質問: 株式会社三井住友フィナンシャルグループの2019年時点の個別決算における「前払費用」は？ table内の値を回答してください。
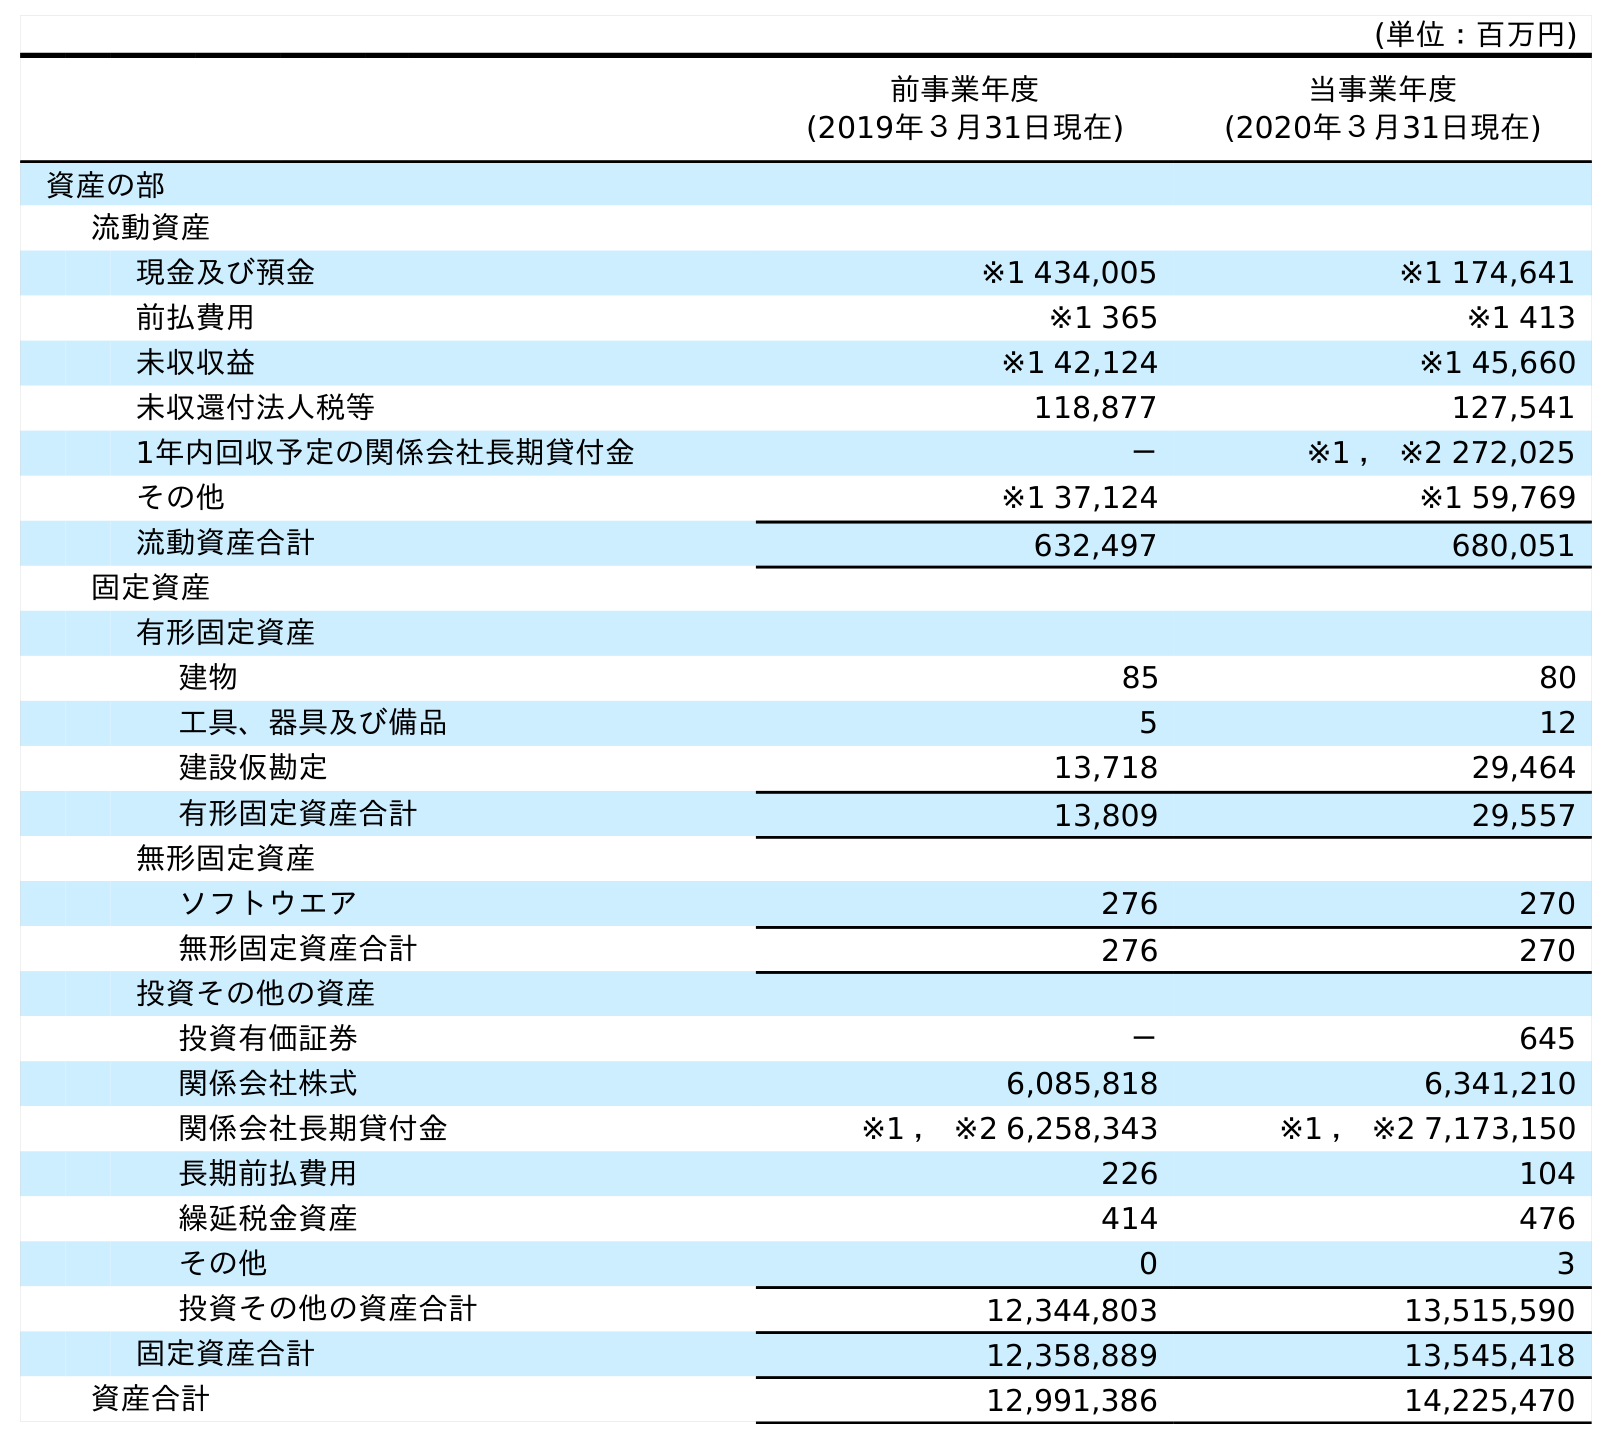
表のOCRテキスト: (単位：百万円) 前事業年度 (2019年３月31日現在) 当事業年度 (2020年３月31日現在) 資産の部 流動資産 現金及び預金 ※1 434,005 ※1 174,641 前払費用 ※1 365 ※1 413 未収収益 ※1 42,124 ※1 45,660 未収還付法人税等 118,877 127,541 1年内回収予定の関係会社長期貸付金 － ※1 ， ※2 272,025 その他 ※1 37,124 ※1 59,769 流動資産合計 632,497 680,051 固定資産 有形固定資産 建物 85 80 工具、器具及び備品 5 12 建設仮勘定 13,718 29,464 有形固定資産合計 13,809 29,557 無形固定資産 ソフトウエア 276 270 無形固定資産合計 276 270 投資その他の資産 投資有価証券 － 645 関係会社株式 6,085,818 6,341,210 関係会社長期貸付金 ※1 ， ※2 6,258,343 ※1 ， ※2 7,173,150 長期前払費用 226 104 繰延税金資産 414 476 その他 0 3 投資その他の資産合計 12,344,803 13,515,590 固定資産合計 12,358,889 13,545,418 資産合計 12,991,386 14,225,470
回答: ※1365